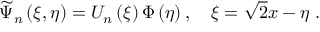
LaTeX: \widetilde { \Psi } _ { n } \left( \xi , \eta \right) = U _ { n } \left( \xi \right) \Phi \left( \eta \right) , \quad \xi = \sqrt { 2 } x - \eta \; .